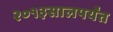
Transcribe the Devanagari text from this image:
२०१३सालपर्यंत